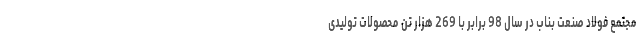
مجتمع فولاد صنعت بناب در سال 98 برابر با 269 هزار تن محصولات تولیدی